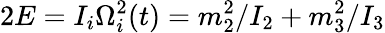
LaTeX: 2E=I_{i}\Omega_{i}^{2}(t)=m_{2}^{2}/I_{2}+m_{3}^{2}/I_{3}